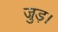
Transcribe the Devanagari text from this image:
जुड़।